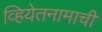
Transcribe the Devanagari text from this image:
व्हियेतनामाची